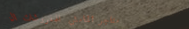
متاجر الهامش للمفروشات ال